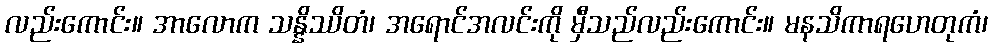
လည်းကောင်း။ အာလောက သန္နိဿိတံ၊ အရောင်အလင်းကို မှီသည်လည်းကောင်း။ မနသိကာရဟေတုကံ၊